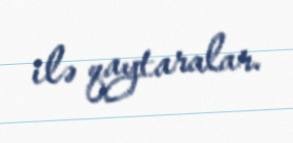
ilə qaytaralar.